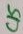
Text: C15